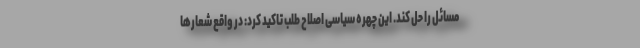
مسائل را حل کند. این چهره سیاسی اصلاح طلب تاکید کرد: در واقع شعارها